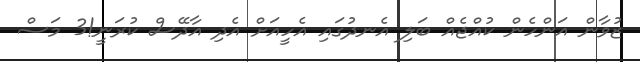
ޒުވާން އަންހެން ކުއްޖެއް ބަލި އެނދުގައި އެހީއަށް އެދި އާދޭސް ކުރަނީ!3 މަސް